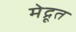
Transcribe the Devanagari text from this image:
मेद्रूत